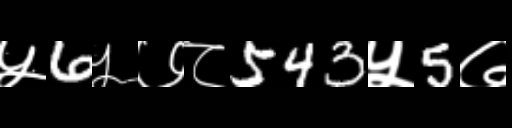
Text: ५6५७८543५5७